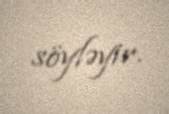
söyləyir.